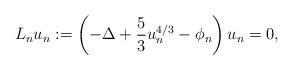
LaTeX: \begin{align*}L_{n}u_{n} := \left( - \Delta + \frac{5}{3} u_{n}^{4/3} - \phi_{n} \right) u_{n} = 0,\end{align*}